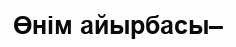
Өнім айырбасы–